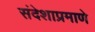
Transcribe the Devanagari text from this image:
संदेशाप्रमाणे